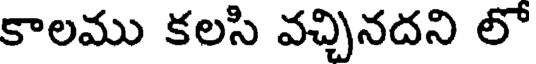
కాలము కలసి వచ్చినదని లో